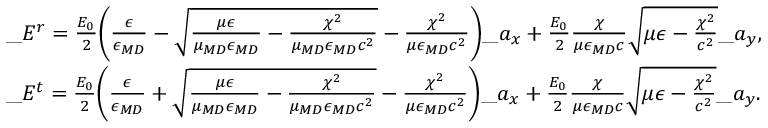
\begin{array} { r l } & { \_ E ^ { r } = { \frac { E _ { 0 } } { 2 } } \Bigg ( { \frac { \epsilon } { \epsilon _ { \/ { M D } } } } - \sqrt { { \frac { \mu \epsilon } { \mu _ { \/ { M D } } \epsilon _ { \/ { M D } } } } - { \frac { \chi ^ { 2 } } { \mu _ { \/ { M D } } \epsilon _ { \/ { M D } } c ^ { 2 } } } } - { \frac { \chi ^ { 2 } } { \mu \epsilon _ { \/ { M D } } c ^ { 2 } } } \Bigg ) \_ a _ { x } + { \frac { E _ { 0 } } { 2 } } { \frac { \chi } { \mu \epsilon _ { \/ { M D } } c } } \sqrt { \mu \epsilon - { \frac { \chi ^ { 2 } } { c ^ { 2 } } } } \_ a _ { y } , } \\ & { \_ E ^ { t } = { \frac { E _ { 0 } } { 2 } } \Bigg ( { \frac { \epsilon } { \epsilon _ { \/ { M D } } } } + \sqrt { { \frac { \mu \epsilon } { \mu _ { \/ { M D } } \epsilon _ { \/ { M D } } } } - { \frac { \chi ^ { 2 } } { \mu _ { \/ { M D } } \epsilon _ { \/ { M D } } c ^ { 2 } } } } - { \frac { \chi ^ { 2 } } { \mu \epsilon _ { \/ { M D } } c ^ { 2 } } } \Bigg ) \_ a _ { x } + { \frac { E _ { 0 } } { 2 } } { \frac { \chi } { \mu \epsilon _ { \/ { M D } } c } } \sqrt { \mu \epsilon - { \frac { \chi ^ { 2 } } { c ^ { 2 } } } } \_ a _ { y } . } \end{array}